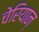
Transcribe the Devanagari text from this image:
चेरियान्